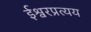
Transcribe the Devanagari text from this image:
ईश्वरप्रत्यय